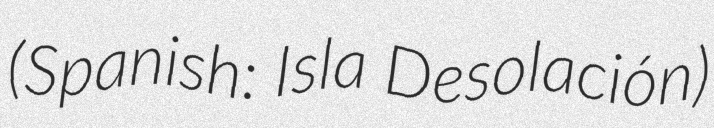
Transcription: (Spanish: Isla Desolación)